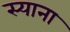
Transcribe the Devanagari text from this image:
स्‍याना